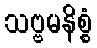
သဗ္ဗမနိစ္စံ